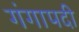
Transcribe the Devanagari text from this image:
गंगापदी